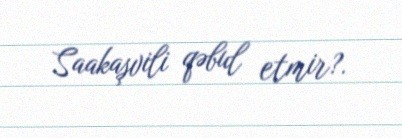
Saakaşvili qəbul etmir?.